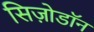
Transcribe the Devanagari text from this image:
सिज़ोडॉन